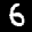
Label: 6